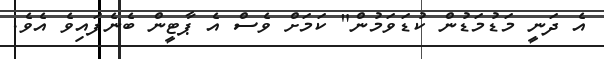
އެ ދަނީ މަޑުމަޑުން ކުޑަވަމުން" ކަމަށް ވެސް އެ ޕާޓީން ބެނެފައިވެ އެވެ.